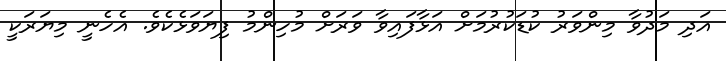
އަދި މަދުވާ މިންވަރު ކުޑަކުރުމަށް އަޅާފައިވާ ވަރަށް މުހިންމު ފިޔަވަޅެކެވެ. އެހެނީ މިޔަރަކީ